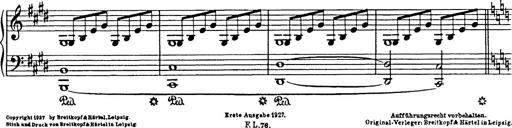
Title: In festo transfigurationis Domini nostri Jesu Christi
Composer: Franz Liszt